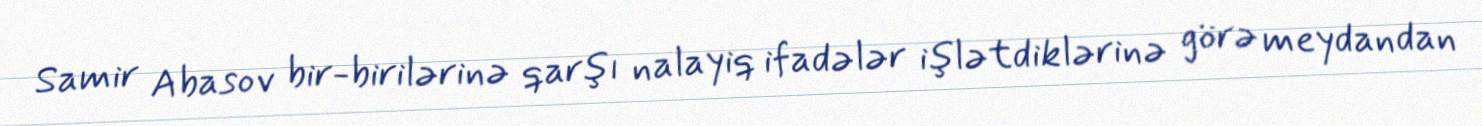
Samir Abasov bir-birilərinə qarşı nalayiq ifadələr işlətdiklərinə görə meydandan